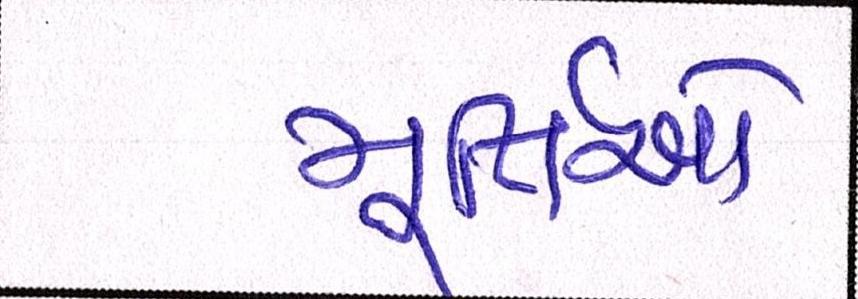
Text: મૂર્તિઓ